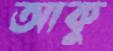
আকু